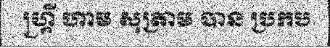
ហ្គ្រី ហាម សុត្រាម បាន ប្រកប